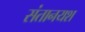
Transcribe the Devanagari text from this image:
संतानयश